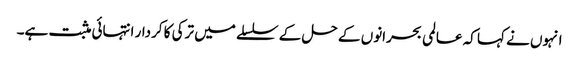
انہوں نے کہا کہ عالمی بحرانوں کے حل کے سلسلے میں ترکی کا کردار انتہائی مثبت ہے۔